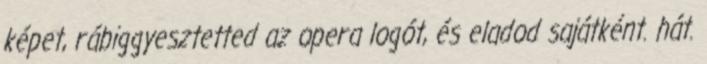
képet, rábiggyesztetted az opera logót, és eladod sajátként. hát.